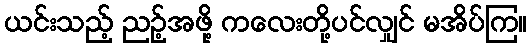
ယင်းသည့် ညဉ့်အဖို့ ကလေးတို့ပင်လျှင် မအိပ်ကြ။